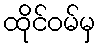
ထိုင်ဝမ်မှ